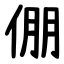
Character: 倗